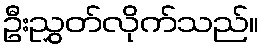
ဦးညွှတ်လိုက်သည်။